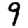
Digit: 9